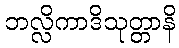
ဘလ္လိကာဒိသုတ္တာနိ